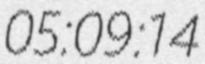
05:09:14